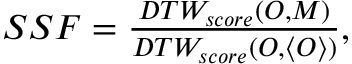
\begin{array} { r } { S S F = \frac { D T W _ { s c o r e } ( O , M ) } { D T W _ { s c o r e } ( { O , \langle O \rangle } ) } , } \end{array}